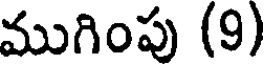
ముగింపు (9)